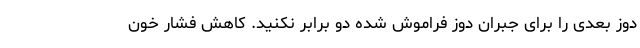
دوز بعدی را برای جبران دوز فراموش شده دو برابر نکنید. کاهش فشار خون